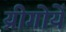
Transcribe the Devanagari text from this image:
य्रीगोयें